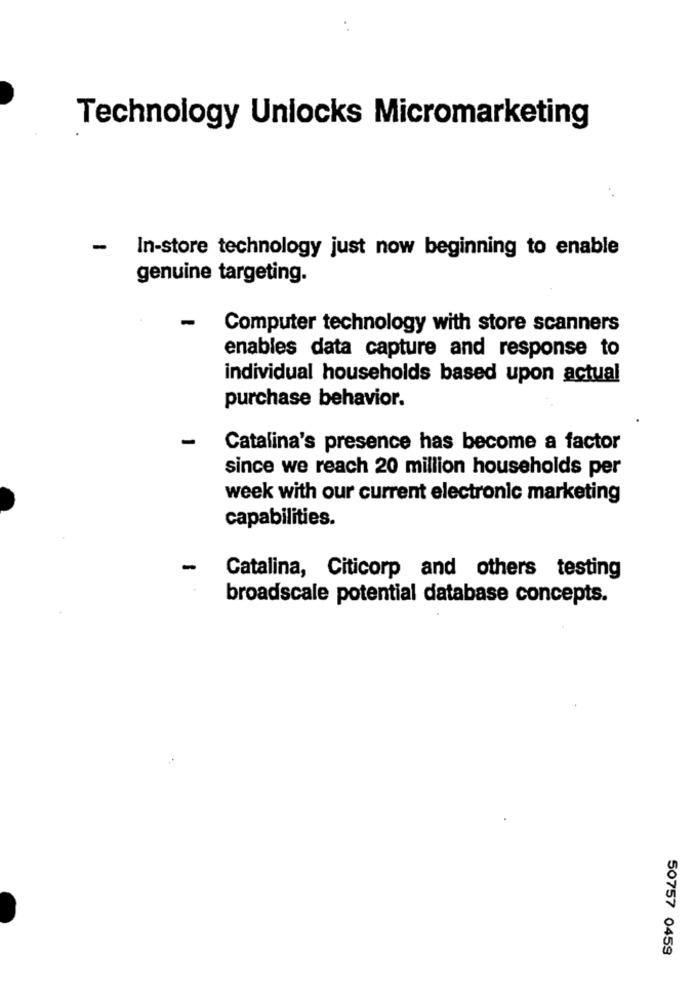
Technology Unlocks Micromarketing
-
In-store technology just now beginning to enable
genuine targeting.
-
Computer technology with store scanners
enables data capture and response to
individual households based upon actual
purchase behavior.
-
Catalina's presence has become a factor
since we reach 20 million households per
week with our current electronic marketing
capabilities.
-
Catalina, Citicorp and others testing
broadscale potential database concepts.
50757 0459